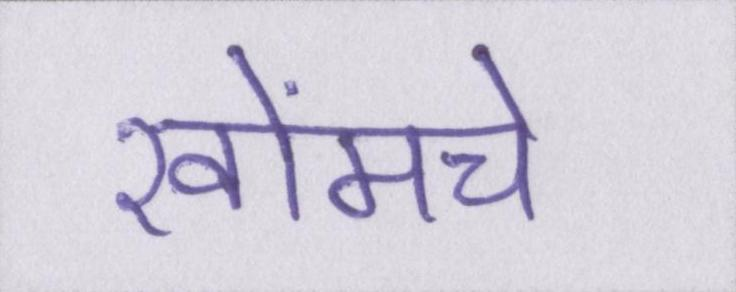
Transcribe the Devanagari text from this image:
खोंमचे